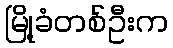
မြို့ခံတစ်ဦးက